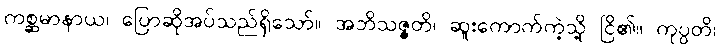
ကစ္ဆမာနာယ၊ ပြောဆိုအပ်သည်ရှိသော်။ အဘိသဇ္ဇတိ၊ ဆူးကောက်ကဲ့သို့ ငြိ၏။ ကုပ္ပတိ၊